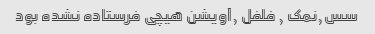
سس,نمک , فلفل ,آویشن هیچی فرستاده نشده بود